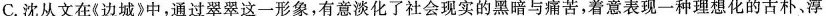
C.沈从文在《边城》中，通过翠翠这一形象，有意淡化了社会现实的黑暗与痛苦，着意表现一种理想化的古朴、淳